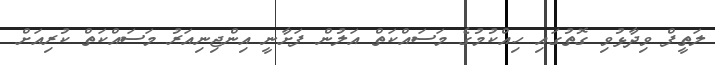
ލަތީފް ވިދާޅުވި ގޮތުގައި ހިއްކުމުގެ މަސައްކަތް އަލުން ފަށާނީ އިންޖިނިއަރު މަސައްކަތް ކުރިއަށް